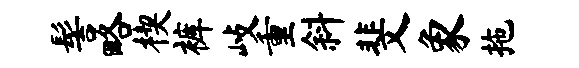
髻略楔裤歧重斜斐象拖